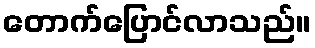
တောက်ပြောင်လာသည်။